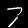
Label: 7